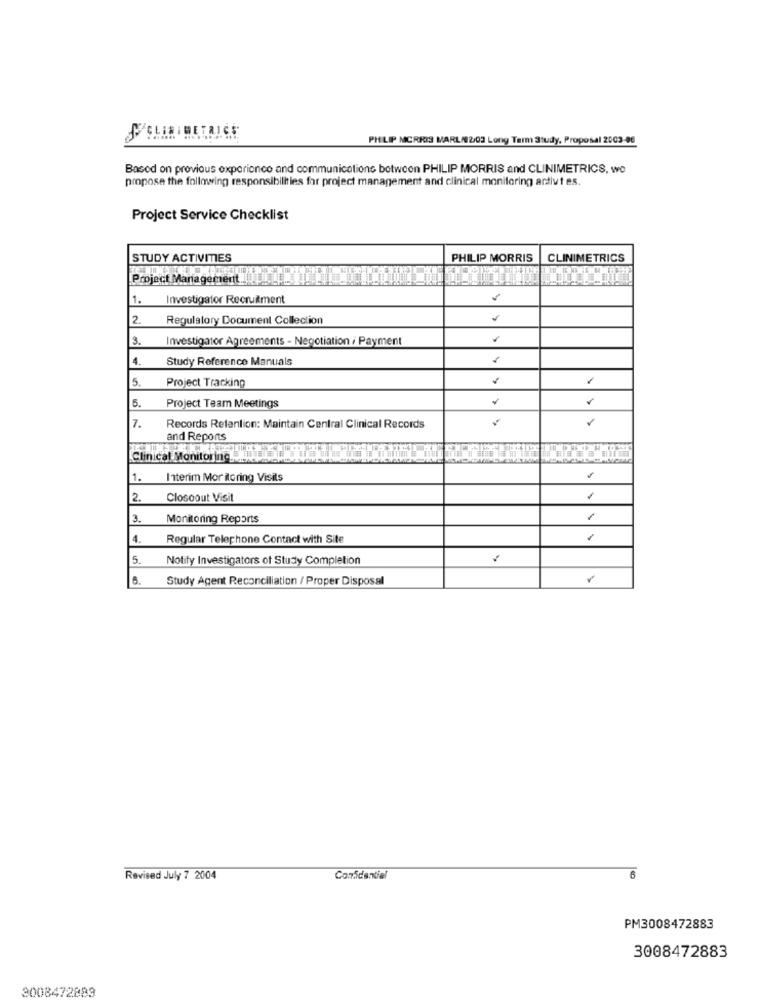
PHILIP MORRIS MARL/02/03 Long Term Study, Proposal 2003-06
Based on previous experience and communications between PHILIP MORRIS and CLINIMETRICS, wo
propose the following responsibilities for project management and clinical monitoring activi es.
Project Service Checklist
STUDY ACTIVITIES
PHILIP MORRIS
CLINIMETRICS
Project Management ..
1. Investigator Recruitment
2. Regulatory Document Collection
3. Investigator Agreements - Negotiation / Payment
.
4.
Study Reference Manuals
5.
Project Tracking
5.
Project Team Meetings
7.
Records Retention: Maintain Central Clinical Records
and Reports
Clinical Monitoring
1.
Interim Mor itoring Visits
2.
Closcout Visit
3.
Monitoring Reports
1
4.
Regular Telephone Contact with Site
5.
Notify Investigators of Study Completion
8.
Study Agent Reconciliation / Proper Disposal
Revised July 7 2004
Confidential
6
PM3008472883
3008472883
3008472889